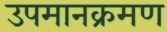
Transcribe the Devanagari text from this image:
उपमानक्रमण